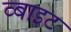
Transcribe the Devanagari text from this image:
व्बाइट